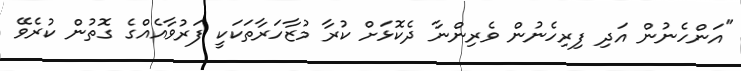
"އަންހެނުން އަދި ފިރިހެނުން ވެރިންނާ ދެކޮޅަށް ކުރާ މުޒާހަރާތަކަކީ ފަރުވާއެއްގެ ގޮތުން ކުރެވޭ